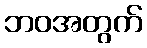
ဘဝအတွက်